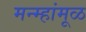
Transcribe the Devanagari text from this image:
मन्म्हांमूळ